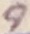
Text: 9